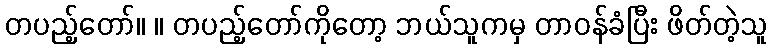
တပည့်တော်။ ။ တပည့်တော်ကိုတော့ ဘယ်သူကမှ တာဝန်ခံပြီး ဖိတ်တဲ့သူ